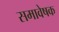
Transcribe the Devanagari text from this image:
समावेषक